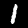
Label: 1